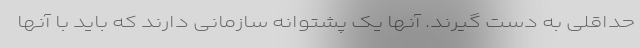
حداقلی به دست گیرند. آنها یک پشتوانه سازمانی دارند که باید با آنها